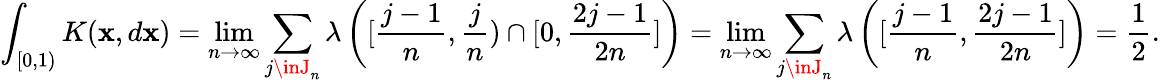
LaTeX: \int_{[0,1)}K(\mathbf{x},d\mathbf{x})=\operatorname*{lim}_{n\to\infty}\sum_{j\inJ_{n}}\lambda\left([\frac{{j-1}}{{n}},\frac{{j}}{{n}})\cap[0,\frac{{2j-1}}{{2n}}]\right)=\operatorname*{lim}_{n\to\infty}\sum_{j\inJ_{n}}\lambda\left([\frac{{j-1}}{{n}},\frac{{2j-1}}{{2n}}]\right)=\frac{{1}}{{2}}.